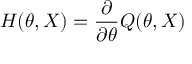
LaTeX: H ( \theta , X ) = { \frac { \partial } { \partial \theta } } Q ( \theta , X )